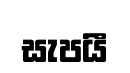
සැපයී